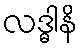
လဒ္ဓါနိ